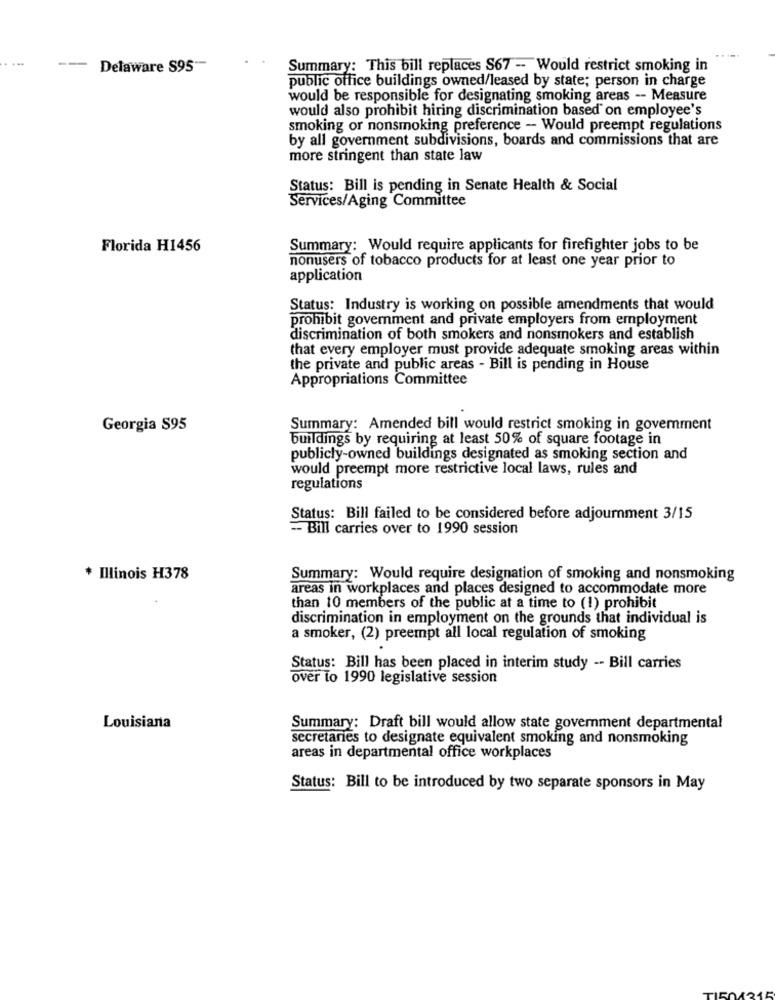
--
Delaware S95"-
Summary: This bill replaces S67 -- Would restrict smoking in
public office buildings owned/leased by state; person in charge
would be responsible for designating smoking areas -- Measure
would also prohibit hiring discrimination based on employee's
smoking or nonsmoking preference - Would preempt regulations
by all government subdivisions, boards and commissions that are
more stringent than state law
Status: Bill is pending in Senate Health & Social
Services/Aging Committee
Florida H1456
Summary: Would require applicants for firefighter jobs to be
nonusers of tobacco products for at least one year prior to
application
Status: Industry is working on possible amendments that would
prohibit government and private employers from employment
discrimination of both smokers and nonsmokers and establish
that every employer must provide adequate smoking areas within
the private and public areas - Bill is pending in House
Appropriations Committee
Georgia S95
Summary: Amended bill would restrict smoking in govemment
buildings by requiring at least 50% of square footage in
publicly-owned buildings designated as smoking section and
would preempt more restrictive local laws, rules and
regulations
Status: Bill failed to be considered before adjournment 3/15
- Bill carries over to 1990 session
* Illinois H378
Summary: Would require designation of smoking and nonsmoking
areas in workplaces and places designed to accommodate more
than 10 members of the public at a time to (1) prohibit
discrimination in employment on the grounds that individual is
a smoker, (2) preempt all local regulation of smoking
Status: Bill has been placed in interim study -- Bill carries
over to 1990 legislative session
Louisiana
Summary: Draft bill would allow state government departmental
secretaries to designate equivalent smoking and nonsmoking
areas in departmental office workplaces
Status: Bill to be introduced by two separate sponsors in May